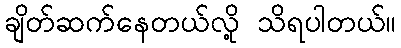
ချိတ်ဆက်နေတယ်လို့ သိရပါတယ်။